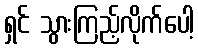
ရှင် သွားကြည့်လိုက်ပေါ့